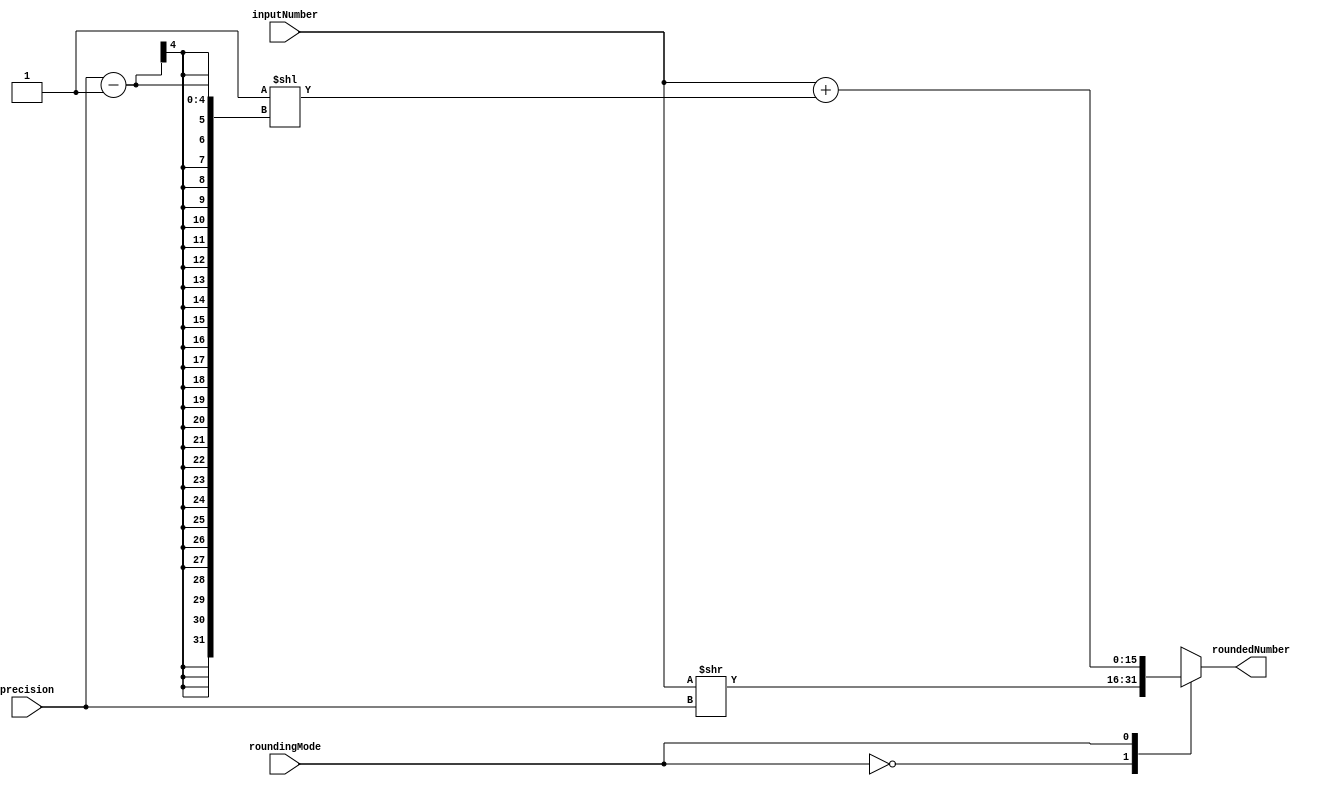
module FixedPointRoundingUnit (
    input wire [DATA_WIDTH-1:0] inputNumber,
    input wire [PRECISION_WIDTH-1:0] precision,
    input wire roundingMode,
    output reg [DATA_WIDTH-1:0] roundedNumber
);

parameter DATA_WIDTH = 16;
parameter PRECISION_WIDTH = 4;

always @(*) begin
    case(roundingMode)
        2'b00: roundedNumber = inputNumber >> precision; // Rounding down
        2'b01: roundedNumber = inputNumber + (1 << (precision-1)); // Rounding to nearest even
        2'b10: roundedNumber = inputNumber + (1 << precision) - 1; // Rounding up
        2'b11: roundedNumber = inputNumber & (~(2**precision - 1)); // Truncation
    endcase
end

endmodule